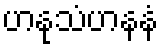
ဟနုသံဟနနံ